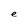
Character: e